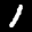
Label: 1